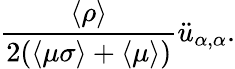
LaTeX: \frac{\langle\rho\rangle}{2(\langle\mu\sigma\rangle+\langle\mu\rangle)}\ddot{u}_{\alpha,\alpha}.